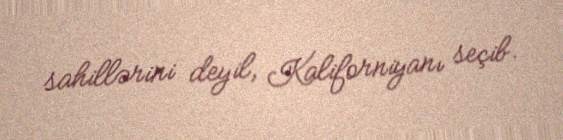
sahillərini deyil, Kaliforniyanı seçib.